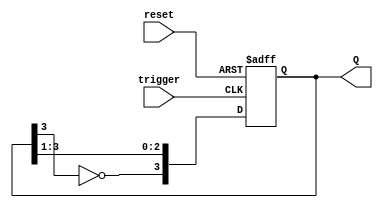
module johnson_counter #(
    parameter N = 4  // Number of flip-flops (stages)
) (
    input wire reset,          // Asynchronous reset
    input wire trigger,        // Trigger input
    output reg [N-1:0] Q       // Counter output
);

    // Internal signal for the inverted output of the last flip-flop
    wire inverted_last;

    // Invert the output of the last flip-flop
    assign inverted_last = ~Q[N-1];

    always @(posedge trigger or posedge reset) begin
        if (reset) begin
            // Reset the counter to initial state (0)
            Q <= {N{1'b0}};
        end else begin
            // Shift the states according to Johnson counter logic
            Q <= {inverted_last, Q[N-1:1]};
        end
    end

endmodule